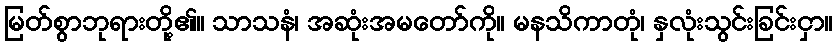
မြတ်စွာဘုရားတို့၏။ သာသနံ၊ အဆုံးအမတော်ကို။ မနသိကာတုံ၊ နှလုံးသွင်းခြင်းငှာ။